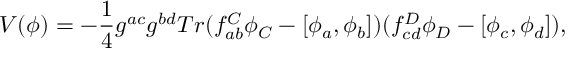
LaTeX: V ( \phi ) = - \frac { 1 } { 4 } g ^ { a c } g ^ { b d } T r ( f _ { a b } ^ { C } \phi _ { C } - [ \phi _ { a } , \phi _ { b } ] ) ( f _ { c d } ^ { D } \phi _ { D } - [ \phi _ { c } , \phi _ { d } ] ) ,